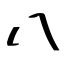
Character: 八